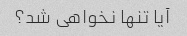
آیا تنها نخواهی شد؟